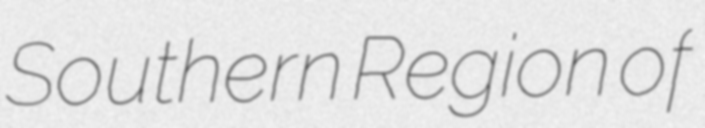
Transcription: Southern Region of